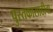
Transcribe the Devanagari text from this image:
पुस्तकासाठीचा